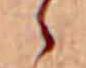
ゝ